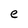
Character: e